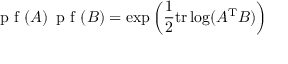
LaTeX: { \textrm { p f } } ( A ) \, { \textrm { p f } } ( B ) = \exp \left( { \frac { 1 } { 2 } } \mathrm { t r } \log ( A ^ { \mathrm { T } } B ) \right)